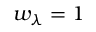
w _ { \lambda } = 1